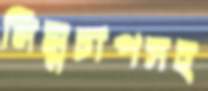
নিম্নচাপসহ